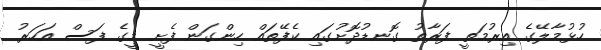
ހުޅުމާލޭގެ އިރުމަތީ ފަރާތު ގޮނޑުދޮށުގައި ކެފޭތައް ހިންގަން ފެށީ މީގެ ފަސް އަހަރު